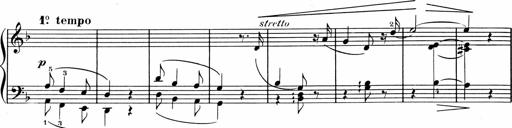
Title: 1Ã¨re Sonatine
Composer: FrÃ©dÃ©ric Binet